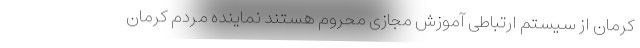
کرمان از سیستم ارتباطی آموزش مجازی محروم هستند نماینده مردم کرمان